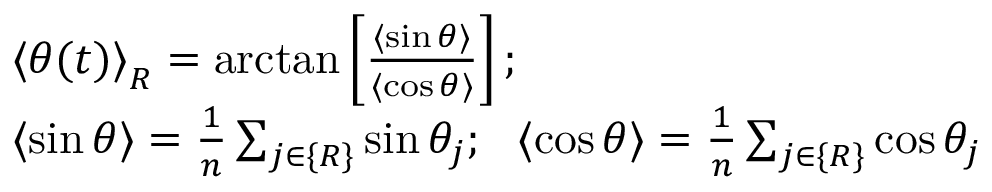
\begin{array} { r l } & { { \langle \theta ( t ) \rangle } _ { R } = \arctan \left[ \frac { \langle \sin \theta \rangle } { \langle \cos \theta \rangle } \right] ; } \\ & { \langle \sin \theta \rangle = \frac { 1 } { n } \sum _ { j \in \{ R \} } \sin \theta _ { j } ; \ \ \langle \cos \theta \rangle = \frac { 1 } { n } \sum _ { j \in \{ R \} } \cos \theta _ { j } } \end{array}